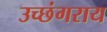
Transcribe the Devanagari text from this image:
उच्छंगराय